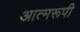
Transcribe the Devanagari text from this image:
आत्मरूपी